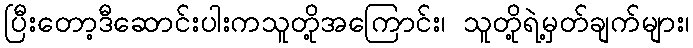
ပြီးတော့ဒီဆောင်းပါးကသူတို့အကြောင်း၊ သူတို့ရဲ့မှတ်ချက်များ၊